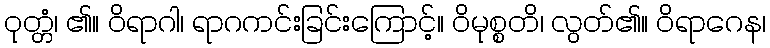
ဝုတ္တံ၊ ၏။ ဝိရာဂါ၊ ရာဂကင်းခြင်းကြောင့်။ ဝိမုစ္စတိ၊ လွတ်၏။ ဝိရာဂေန၊